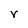
Character: y